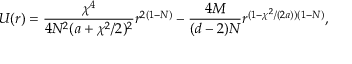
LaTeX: U ( r ) = \frac { \chi ^ { 4 } } { 4 N ^ { 2 } ( a + \chi ^ { 2 } / 2 ) ^ { 2 } } r ^ { 2 ( 1 - N ) } - \frac { 4 M } { ( d - 2 ) N } r ^ { ( 1 - \chi ^ { 2 } / ( 2 a ) ) ( 1 - N ) } ,